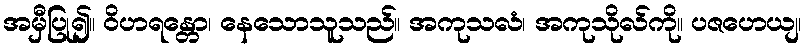
အမှီပြု၍။ ဝိဟရန္တော၊ နေသောသူသည်။ အကုသလံ၊ အကုသိုလ်ကို။ ပဇဟေယျ၊